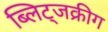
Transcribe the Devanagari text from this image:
ब्लिट्जक्रीग